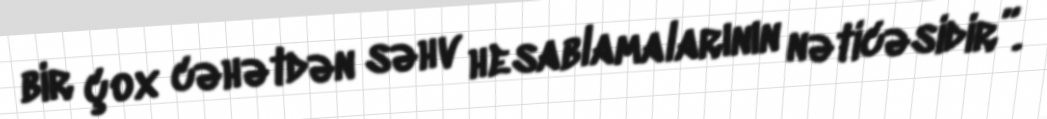
bir çox cəhətdən səhv hesablamalarının nəticəsidir”.